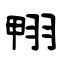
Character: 翈